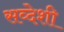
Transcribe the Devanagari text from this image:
सव्देशी